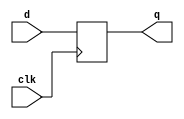
`timescale 1ns / 1ps
module d_ff(clk, d, q);
  input clk, d;
  output q;
  reg q;

  always @(posedge clk) begin
    q <= d;
  end

endmodule